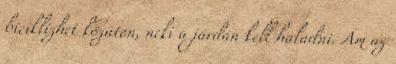
biciklizhet közúton, neki a járdán kell haladni. Ám az